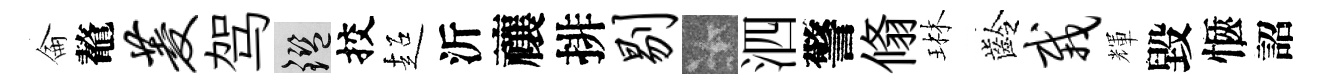
侖鼇菱驾鑒挍超沂禳排剔卡泗警翛琳齡栽輝毀愜詔